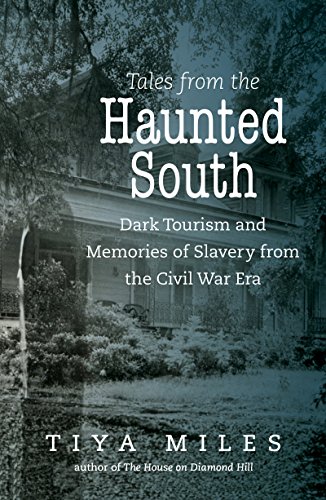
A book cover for Tales from the Haunted South: Dark Tourism and Memories of Slavery from the Civil War Era (The Steven and Janice Brose Lectures in the Civil War Era); Tiya Miles; Religion & Spirituality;